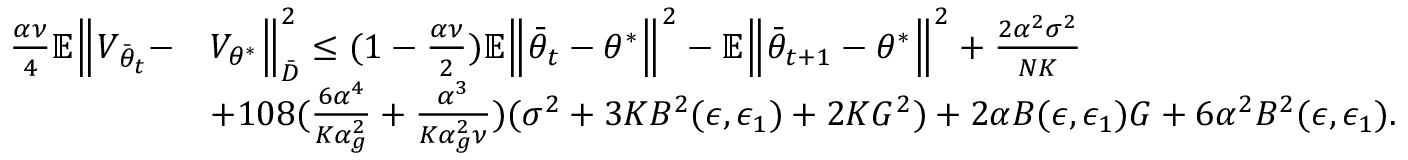
\begin{array} { r l } { \frac { \alpha \nu } { 4 } \mathbb { E } \Big \lVert V _ { \bar { \theta } _ { t } } - } & { V _ { \theta ^ { * } } \Big \rVert _ { \bar { D } } ^ { 2 } \le ( 1 - \frac { \alpha \nu } { 2 } ) \mathbb { E } \Big \lVert \bar { \theta } _ { t } - \theta ^ { * } \Big \rVert ^ { 2 } - \mathbb { E } \Big \lVert \bar { \theta } _ { t + 1 } - \theta ^ { * } \Big \rVert ^ { 2 } + \frac { 2 \alpha ^ { 2 } \sigma ^ { 2 } } { N K } } \\ & { + 1 0 8 ( \frac { 6 \alpha ^ { 4 } } { K \alpha _ { g } ^ { 2 } } + \frac { \alpha ^ { 3 } } { K \alpha _ { g } ^ { 2 } \nu } ) ( \sigma ^ { 2 } + 3 K B ^ { 2 } ( \epsilon , \epsilon _ { 1 } ) + 2 K G ^ { 2 } ) + 2 \alpha B ( \epsilon , \epsilon _ { 1 } ) G + 6 \alpha ^ { 2 } B ^ { 2 } ( \epsilon , \epsilon _ { 1 } ) . } \end{array}